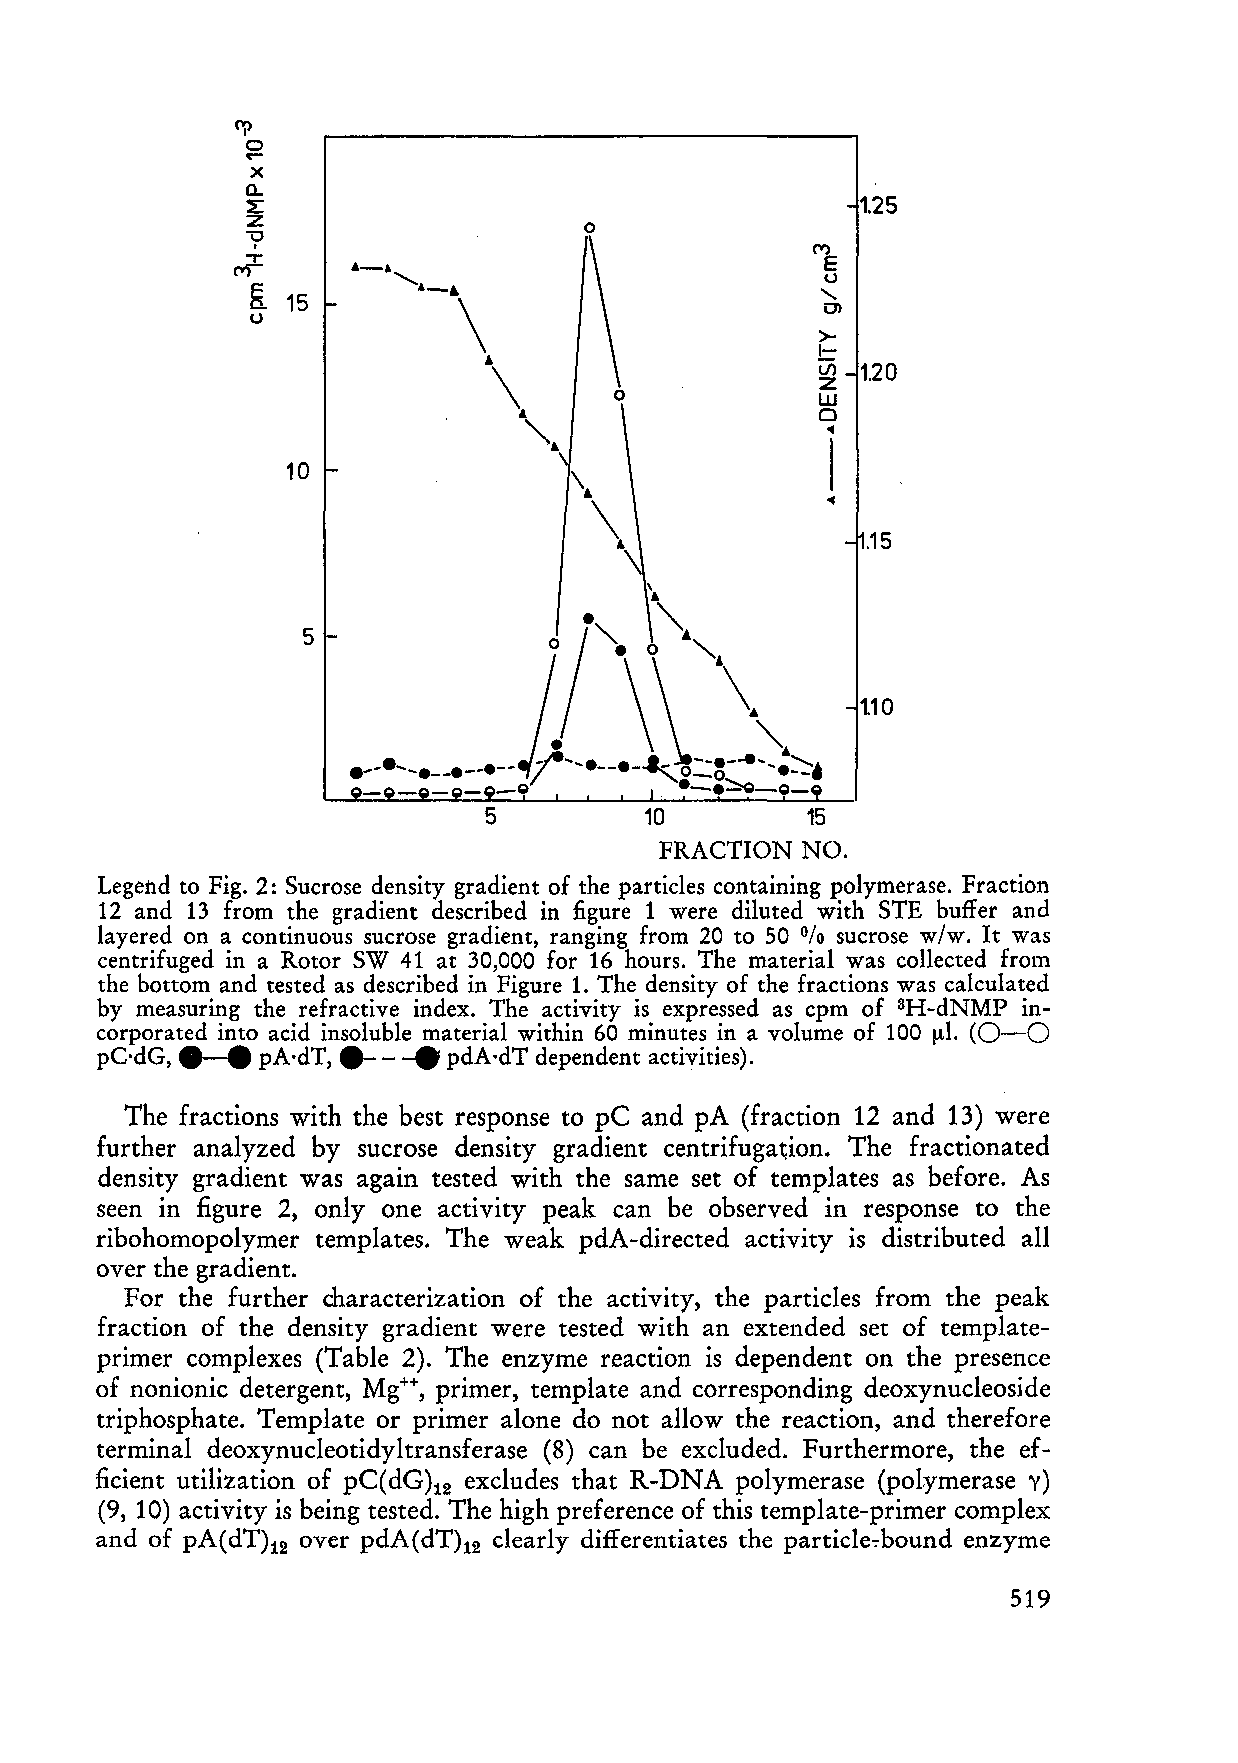
<"?
 0
 ~
 x
 a...
 1.25
 z~
 o
 ,V
 I                                    1:
 ('I')                                  u
 K 15                                 "
 Cl
 u
 >
 I-
 lI) 1.20
 Z
 o
 LU
 o
 ...
 I
 10
 ...
 .15
 5
 1.10
 5          10        15
 FRACTION NO.
 Legend to Fig. 2: Sucrose density gradient of the particles containing polymerase. Fraction
 12 and 13 from the gradient described in figure 1 were diluted with STE buffer and
 layered on a continuous sucrose gradient, ranging from 20 to 50 sucrose w/w. It was
 %
 centrifuged in a Rotor SW 41 at 30,000 for 16 hours. The material was collected from
 the bottom and tested as described in Figure 1. The density of the fractions was calculated
 by measuring the refractive index. The activity is expressed as cpm of 3H-dNMP in
 corporated into acid ineso-lub-le- em aterial within 60 minutes in a volume of 100 ",,1. (0-0
 pC-dG,. • pA'dT,       pdA'dT dependent activities).
 The fractions with the best response to pe and pA (fraction 12 and 13) were
 further analyzed by sucrose density gradient centrifuga~ion. The fractionated
 density gradient was again tested with the same set of templates as before. As
 seen in figure 2, only one activity peak can be observed in response to the
 ribohomopolymer templates. The weak pdA-directed activity is distributed all
 over the gradient.
 For the further characterization of the activity, the particles from the peak
 fraction of the density gradient were tested with an extended set of template
 primer complexes (Table 2). The enzyme reaction is dependent on the presence
 of nonionic detergent, Mg++, primer, template and corresponding deoxynucleoside
 triphosphate. Template or primer alone do not allow the reaction, and therefore
 terminal deoxynucleotidyltransferase (8) can be excluded. Furthermore, the ef
 ficient utilization of pC(dG)12 excludes that R-DNA polymerase (polymerase y)
 (9, 10) activity is being tested. The high preference of this template-primer complex
 and of pA( dT)12 over pdA( dT)12 clearly differentiates the particle7bound enzyme
 519